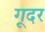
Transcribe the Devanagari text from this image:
गूदर